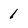
Character: 1